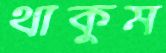
থাকুম